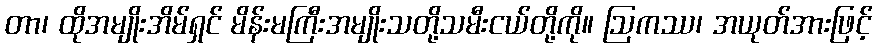
တာ၊ ထိုအမျိုးအိမ်ရှင် မိန်းမကြီးအမျိုးသတို့သမီးငယ်တို့ကို။ ဩကဿ၊ အယုတ်အားဖြင့်